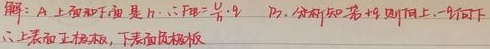
解：A上表面和下表面是正六边形，\(P_{1}\)、\(P_{2}\)分析如若则附上一行写下：上表面正极板，下表面负极板。